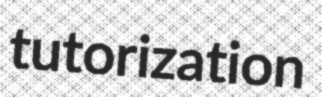
tutorization